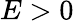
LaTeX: E>0